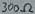
Text: 300Ω